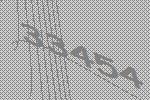
33454